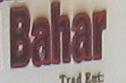
bahar